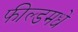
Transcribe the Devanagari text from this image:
फील्डमधे